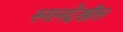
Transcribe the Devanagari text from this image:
स्नानदेखील